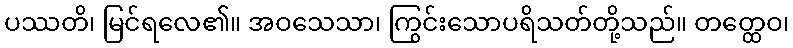
ပဿတိ၊ မြင်ရလေ၏။ အဝသေသာ၊ ကြွင်းသောပရိသတ်တို့သည်။ တတ္ထေဝ၊